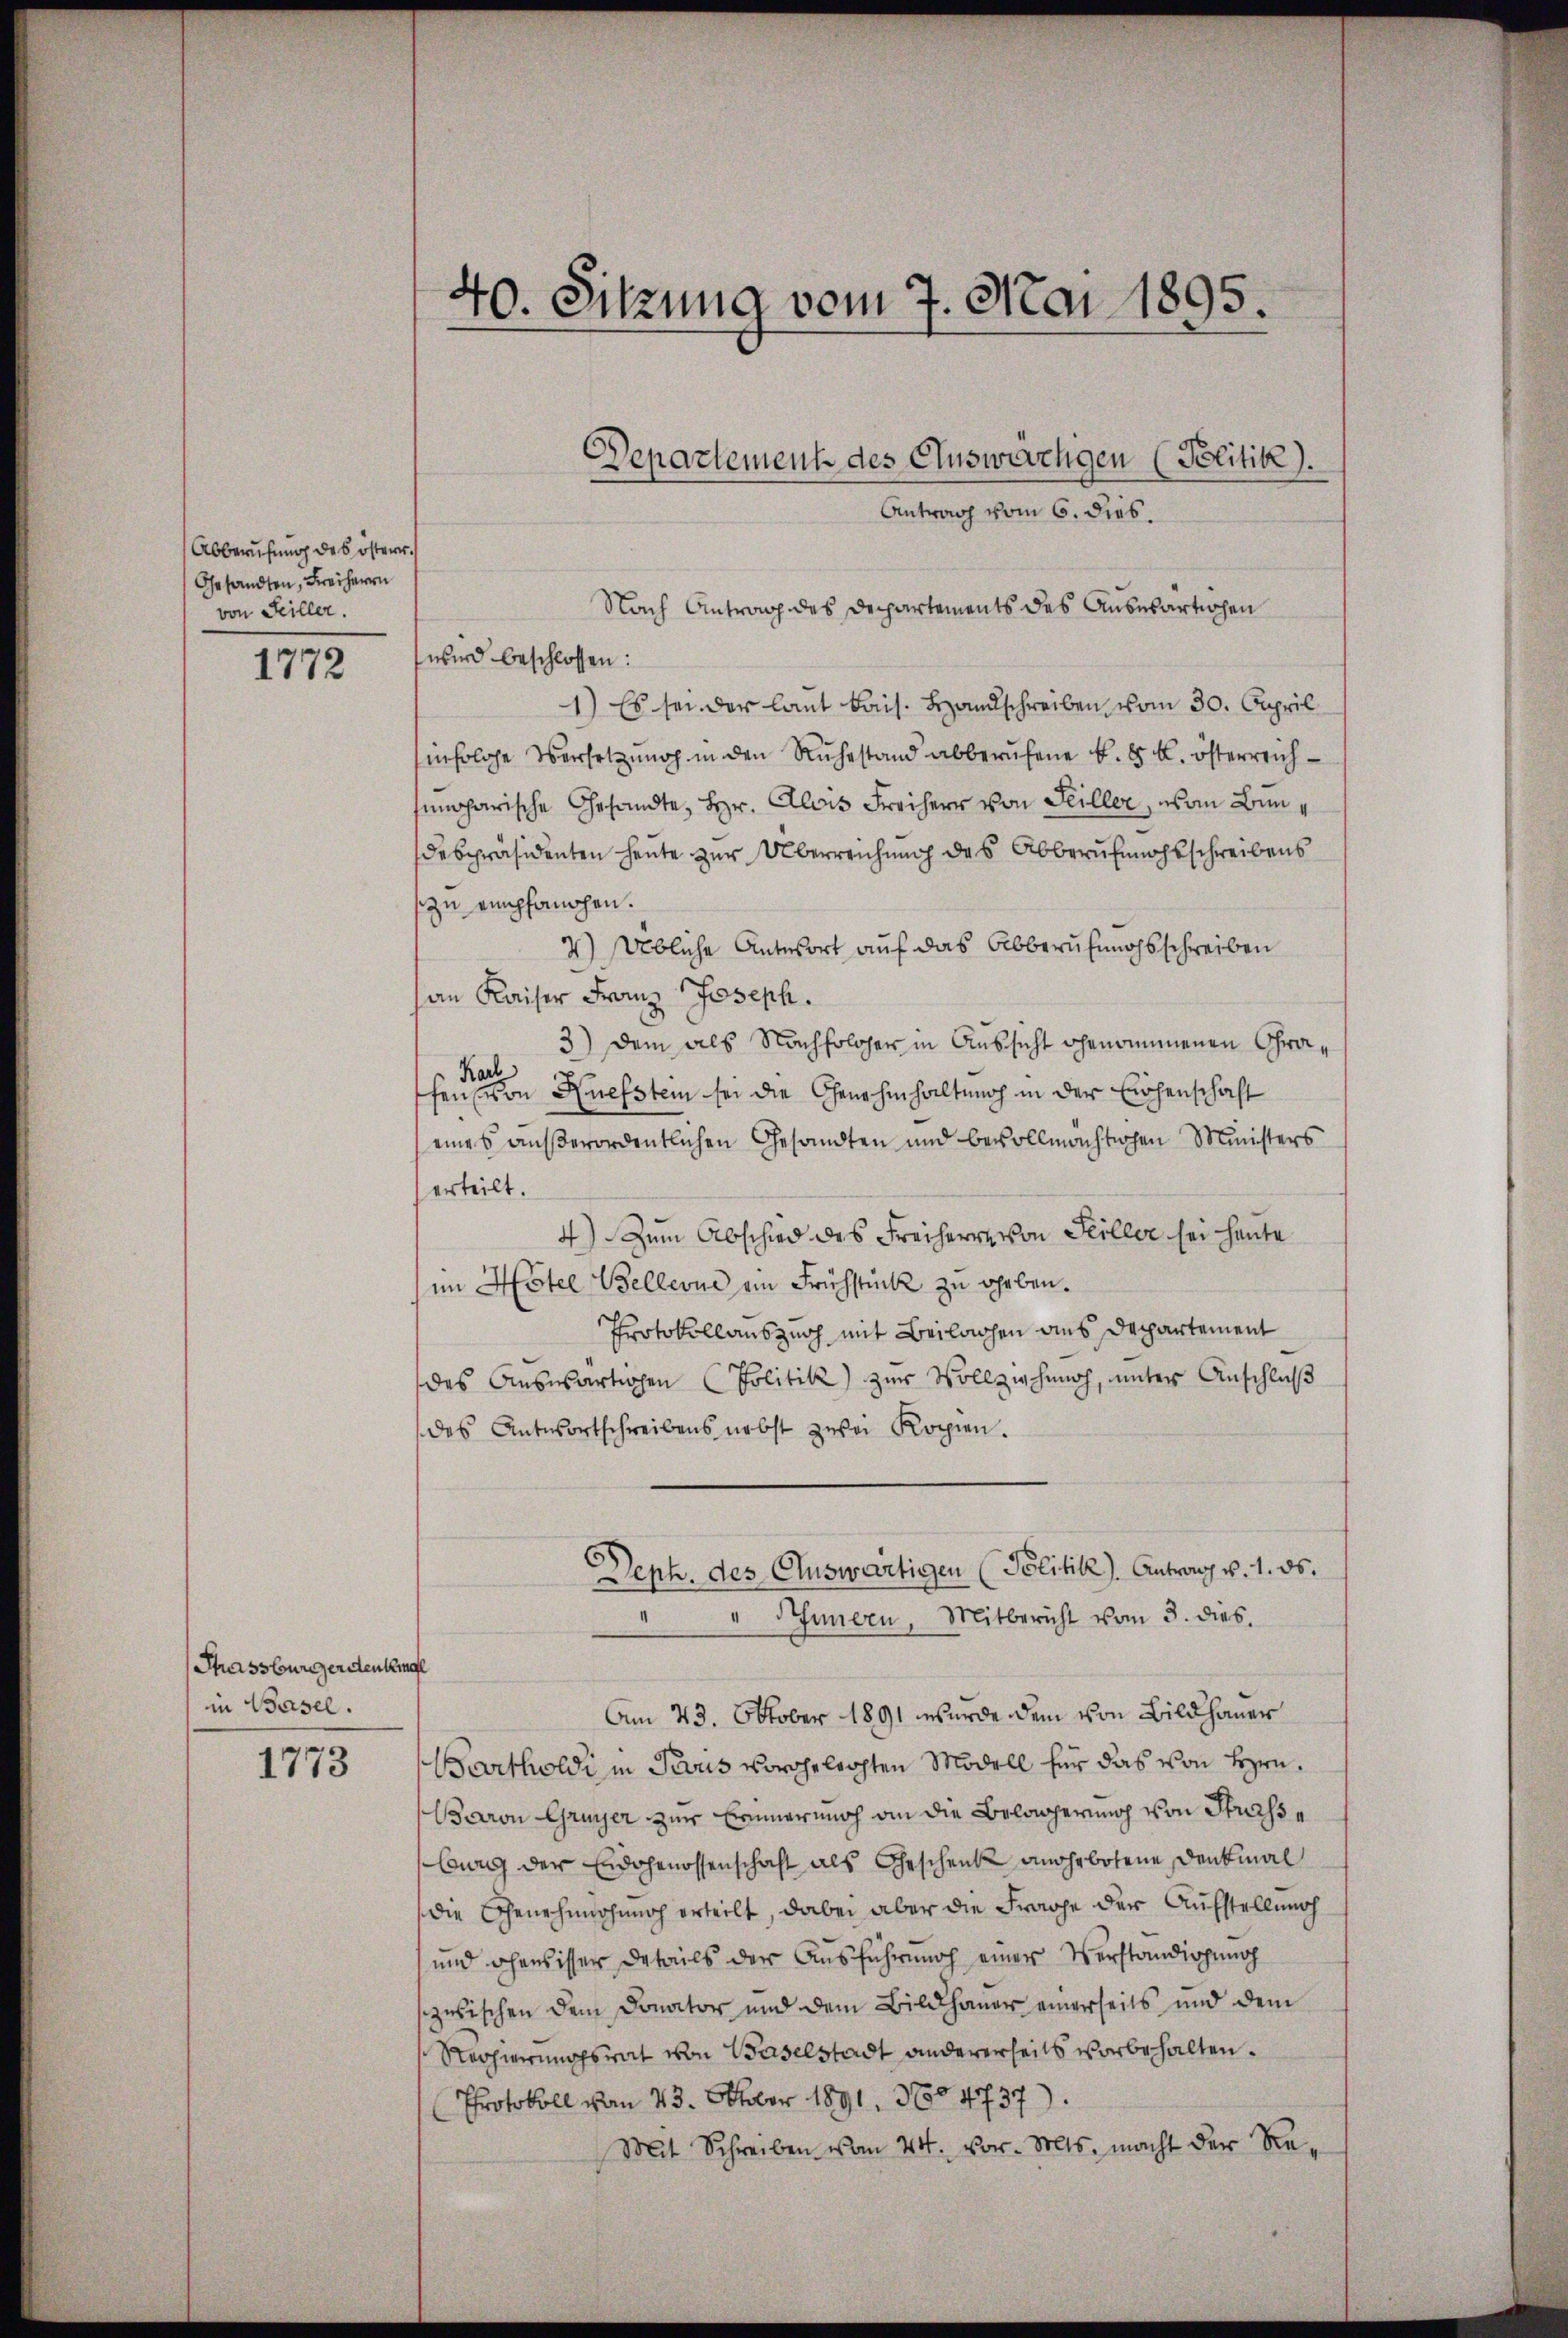
Abberufung des österr.
Gesandten, Freiherrn
von Feiller.

1772

Phrassburgerstenkung
in Basel.

1773

d
10. Sitzung vom 7. Mai 1895.

Antrag vom 6. dies.
Nach Antrag des Departements des Anbesartichen
wird beschlossen:
1.) Es sei der laut Bais. Handschreiben vom 30. Capril
infolge Versetzung in den Ruhestand abberufene k. k. k. österreichsumoparische Gesandte, Hr. Alois Freiherr von Teiller, von Bundespräsidenten heute zur Überreichung des Abberufungsschreibens
zu empfanchen.
2) Übliche Antwort auf das Abberufungsschreiben
an Kaiser Franz Joseph.
3) Dem als Nachfolger in Aussicht genommenen Gra¬
Karl
fen von Ruefstein sei die Genehmhaltung in der Einsenschaft
eines außerordentlichen Gesandten und bevollmächtichen Ministers
erteilt.
4) Zum Abschied des Freiherrn von Feiller sei heute
im Hotel Bellevue ein Frühstück zu arben.
Protokollauszug mit Beilachen aus Departement
des Auswärtigen (Politik zur Vollziehung, unter Anschluß
des Antwortschreibens nebst zwei Kopien.
Deph. des Auswärtigen (Politik). Antrag v. 1. ds.
" Innern, Mitbericht vom 3. dies
Am 23. Oktober 1891 wurde dem von Bildhauer
Bartholdi in Paris vorgelegten Modell für das von Hrn.
Baron Gruyer zur Erinnerung an die Belagerung von Strasse
burg der Eidgenossenschaft als Geschenk anerbotene Denkmal
die Genehmohung erteilt, dabei aber die Frage der Aufstellung
und ohnesisser Details der Ausführung einer Verständigung
zwischen dem Donator und dem Bildhauer einerseits und dem
Regierungsrat von Baselstadt andererseits vorbehalten.
Protokoll von 23. Oktober 1891, 3604737).
Mit Schreiben vom 24. vor. Mts. macht der Re¬

Departement des Auswärtigen (Politik).